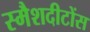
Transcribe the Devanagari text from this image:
स्मैशदीटोंस